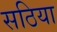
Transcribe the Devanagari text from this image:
सठिया